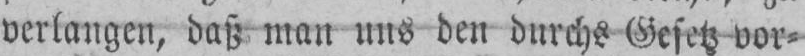
verlangen, daß man uns den durchs Gesetz vor⸗